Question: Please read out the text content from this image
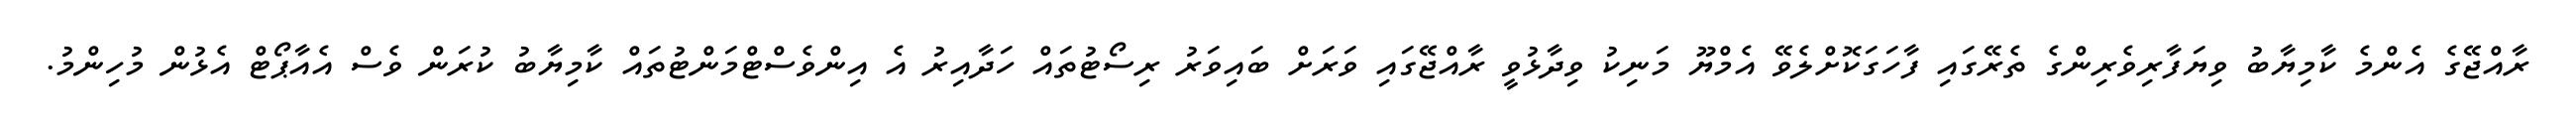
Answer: ރާއްޖޭގެ އެންމެ ކާމިޔާބު ވިޔަފާރިވެރިންގެ ތެރޭގައި ފާހަގަކޮށްލެވޭ އެމްޔޫ މަނިކު ވިދާޅުވީ ރާއްޖޭގައި ވަރަށް ބައިވަރު ރިސޯޓުތައް ހަދާއިރު އެ އިންވެސްޓްމަންޓުތައް ކާމިޔާބު ކުރަން ވެސް އެއާޕޯޓް އެޅުން މުހިންމު.